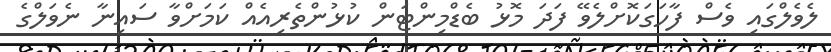
ލެވެލްގައި ވެސް ފާހަގަކޮށްލެވޭ ފަދަ މޮޅު ބެޑްމިންޓަން ކުޅުންތެރިއެއް ކަމަށްވާ ސައިނާ ނެވަލްގެ